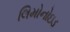
લિમોનોઇડ